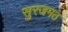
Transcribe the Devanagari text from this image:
सुरजमठ